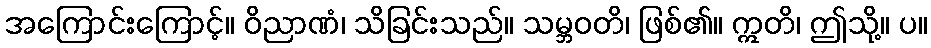
အကြောင်းကြောင့်။ ဝိညာဏံ၊ သိခြင်းသည်။ သမ္ဘဝတိ၊ ဖြစ်၏။ ဣတိ၊ ဤသို့။ ပ။